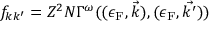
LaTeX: f _ { k k ^ { \prime } } = Z ^ { 2 } N \Gamma ^ { \omega } ( ( \epsilon _ { \mathrm { { F } } } , { \vec { k } } ) , ( \epsilon _ { \mathrm { { F } } } , { \vec { k ^ { \prime } } } ) )